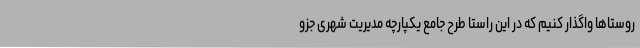
روستاها واگذار کنیم که در این راستا طرح جامع یکپارچه مدیریت شهری جزو